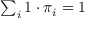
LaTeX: \textstyle \sum _ { i } 1 \cdot \pi _ { i } = 1